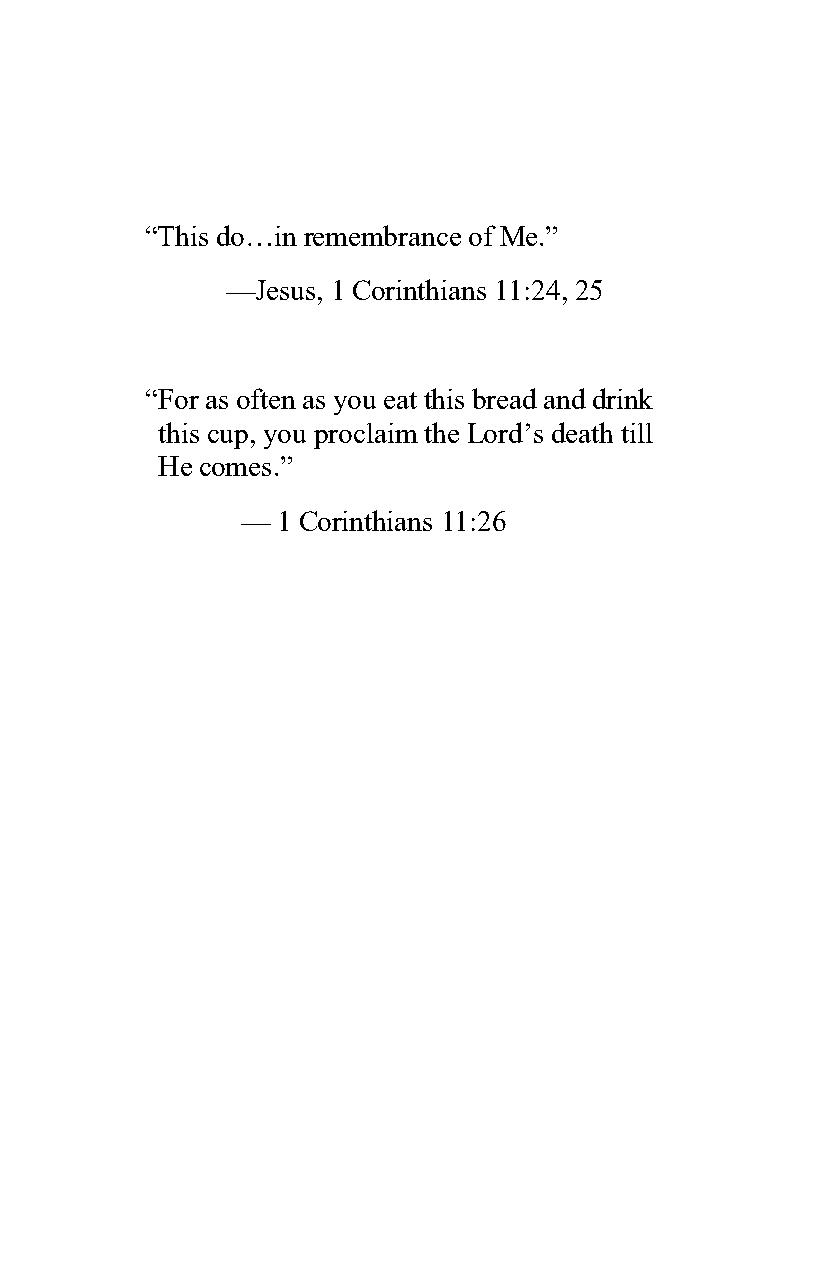
“This do…in remembrance of Me.”
 —Jesus, 1 Corinthians 11:24, 25
 “For as often as you eat this bread and drink
 this cup, you proclaim the Lord’s death till
 He comes.”
 — 1 Corinthians 11:26